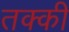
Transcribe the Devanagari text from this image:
तक्की